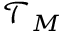
\mathcal { T } _ { M }